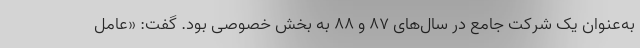
به‌عنوان یک شرکت جامع در سال‌های ۸۷ و ۸۸ به بخش خصوصی بود. گفت: «عامل